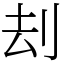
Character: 刦